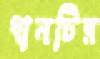
ধানটির